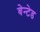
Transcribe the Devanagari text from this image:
वेन्टेड